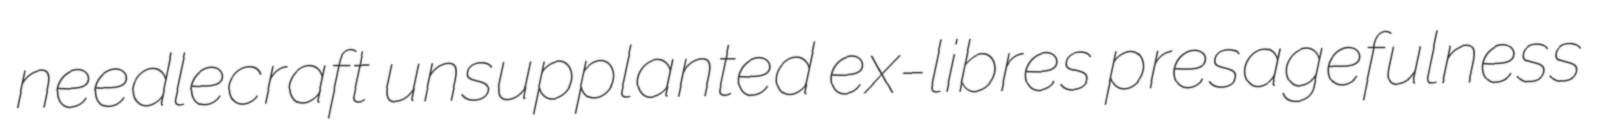
needlecraft unsupplanted ex-libres presagefulness